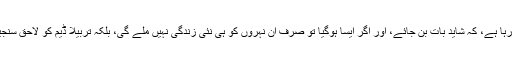
اس لیے ایک بار پھر ان تجاویز کو پیش کیا جارہا ہے، کہ شاید بات بن جائے، اور اگر ایسا ہوگیا تو صرف ان نہروں کو ہی نئی زندگی نہیں ملے گی، بلکہ تربیلا ڈیم کو لاحق سنجیدہ خطرات کو بھی ختم کرنا ممکن ہوسکے گا۔